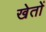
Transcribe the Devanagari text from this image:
खेताें